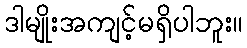
ဒါမျိုးအကျင့်မရှိပါဘူး။